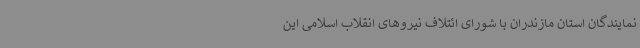
نمایندگان استان مازندران با شورای ائتلاف نیروهای انقلاب اسلامی این